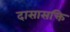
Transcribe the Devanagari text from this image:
दासासक्ति